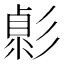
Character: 𢒭